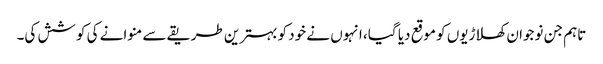
تاہم جن نوجوان کھلاڑیوں کو موقع دیا گیا، انہوں نے خود کو بہترین طریقے سے منوانے کی کوشش کی۔